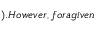
) . H o w e v e r , f o r a g i v e n